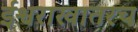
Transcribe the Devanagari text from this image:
ईश्वराखातरच